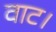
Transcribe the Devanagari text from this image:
वाट।